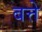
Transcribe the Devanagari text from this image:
बत्ते